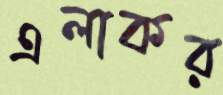
এলাকর